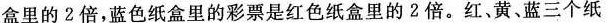
盒里的2倍，蓝色纸盒里的彩票是红色纸盒里的2倍。红、黄、蓝三个纸